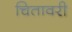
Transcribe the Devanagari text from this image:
चितावरी